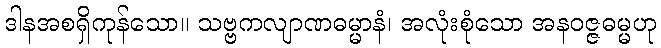
ဒါနအစရှိကုန်သော။ သဗ္ဗကလျာဏဓမ္မာနံ၊ အလုံးစုံသော အနဝဇ္ဇဓမ္မဟု